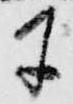
寸